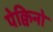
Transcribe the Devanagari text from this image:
पेक्विनो